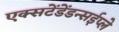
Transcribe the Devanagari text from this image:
एक्सटेंडेंडन्सईप्ले